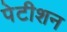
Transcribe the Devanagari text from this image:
पेटीशन